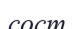
сост